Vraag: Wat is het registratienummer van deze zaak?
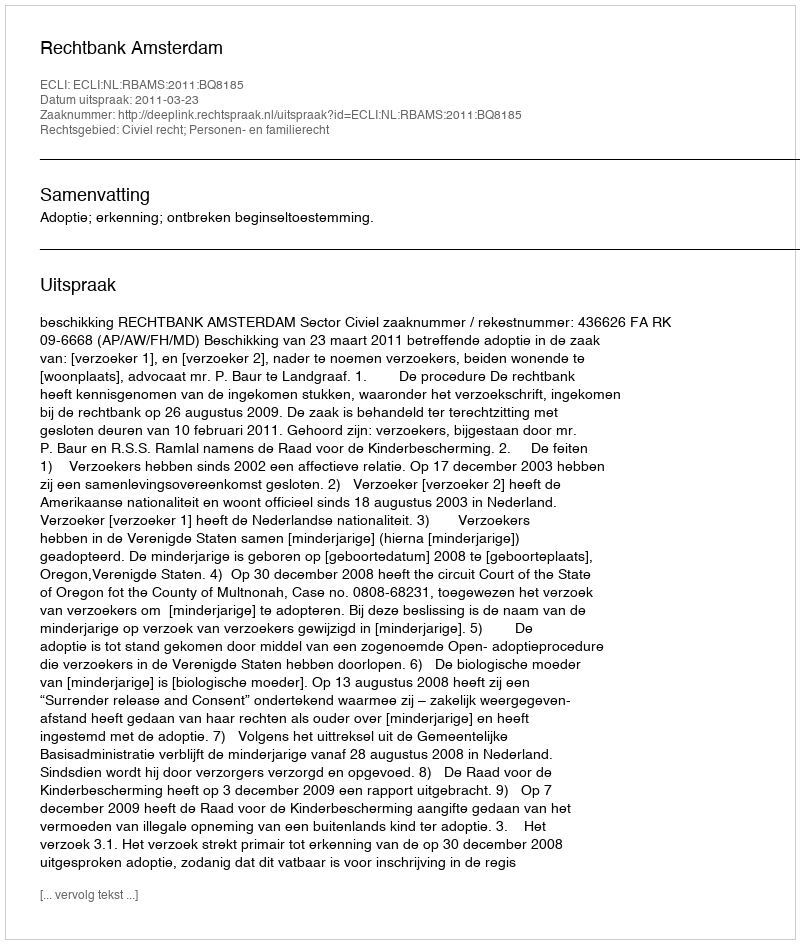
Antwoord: http://deeplink.rechtspraak.nl/uitspraak?id=ECLI:NL:RBAMS:2011:BQ8185